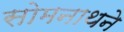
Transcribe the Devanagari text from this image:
सोमनाथने